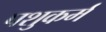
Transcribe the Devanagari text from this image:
पशुकर्म